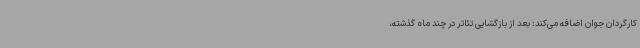
کارگردان جوان اضافه می‌کند: بعد از بازگشایی تئاتر در چند ماه گذشته،